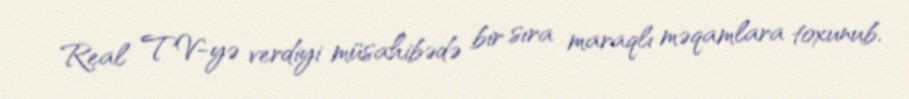
Real TV-yə verdiyi müsahibədə bir sıra maraqlı məqamlara toxunub.